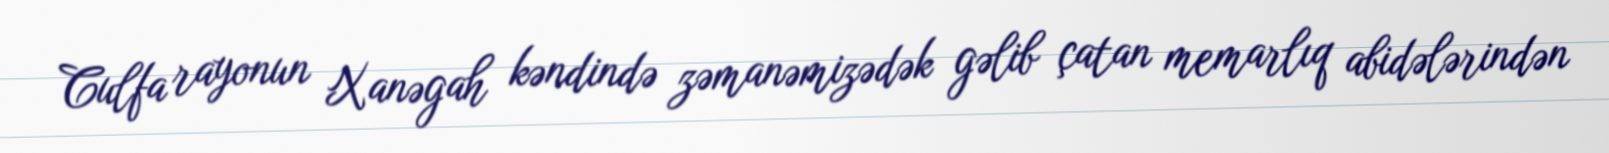
Culfa rayonun Xanəgah kəndində zəmanəmizədək gəlib çatan memarlıq abidələrindən